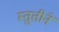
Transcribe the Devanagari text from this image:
स्तुतीने